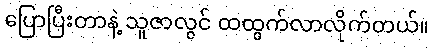
ပြောပြီးတာနဲ့ သူဇာလွင် ထထွက်လာလိုက်တယ်။